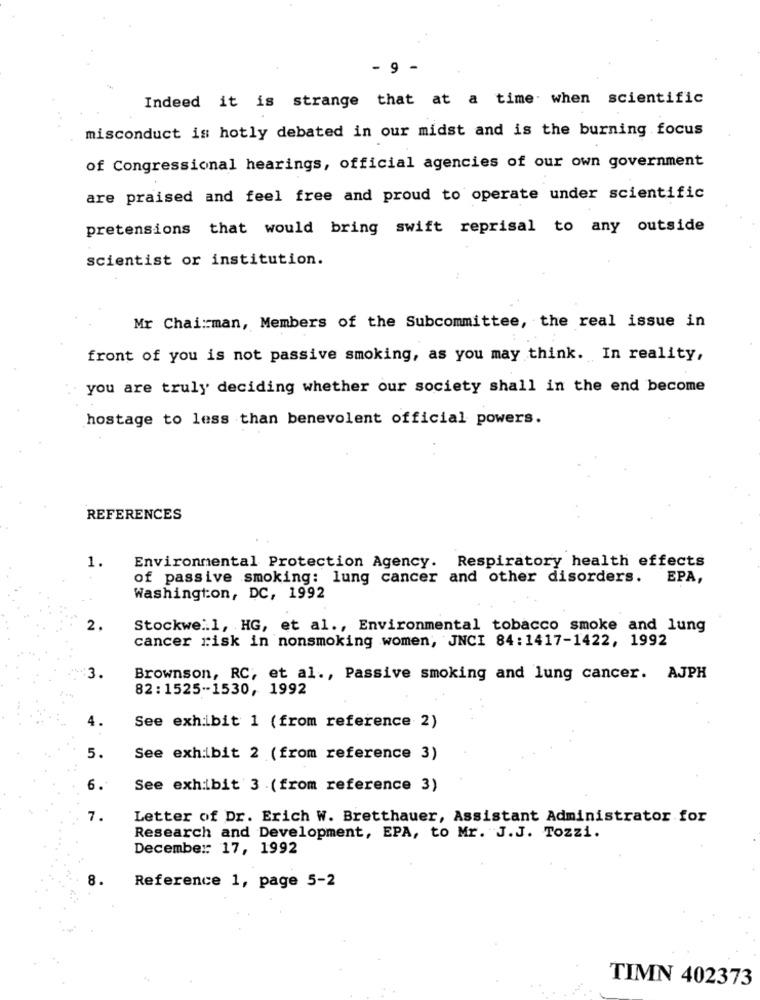
- 9 -
Indeed it is strange that at a time when scientific
misconduct is hotly debated in our midst and is the burning focus
of Congressional hearings, official agencies of our own government
are praised and feel free and proud to operate under scientific
pretensions that would bring swift reprisal to any outside
scientist or institution.
Mr Chairman, Members of the Subcommittee, the real issue in
front of you is not passive smoking, as you may think. In reality,
you are truly deciding whether our society shall in the end become
hostage to less than benevolent official powers.
REFERENCES
1.
Environmental Protection Agency. Respiratory health effects
of passive smoking: lung cancer and other disorders. EPA,
Washington, DC, 1992
2.
Stockwell, HG, et al ., Environmental tobacco smoke and lung
cancer risk in nonsmoking women, JNCI 84:1417-1422, 1992
3.
Brownson, RC; et al ., Passive smoking and lung cancer. AJPH
82:1525-1530, 1992
4.
See exhibit 1 (from reference 2)
5.
See exhibit 2 (from reference 3)
6.
See exhibit 3 .(from reference 3)
7.
Letter of Dr. Erich W. Bretthauer, Assistant Administrator for
Research and Development, EPA, to Mr. J.J. Tozzi.
December: 17, 1992
8.
Reference 1, page 5-2
TIMN 402373